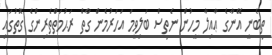
ތިބެނީ އޭނާގެ ޢާއިލާ މީހުން ނެތިސް ބަލިވީމަ އަހަރުމެން ގާތް ރަޙުމަތްތެރިންގެ ގޮތުގައި